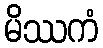
မိဿကံ